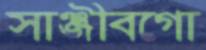
সাঞ্জীবগো